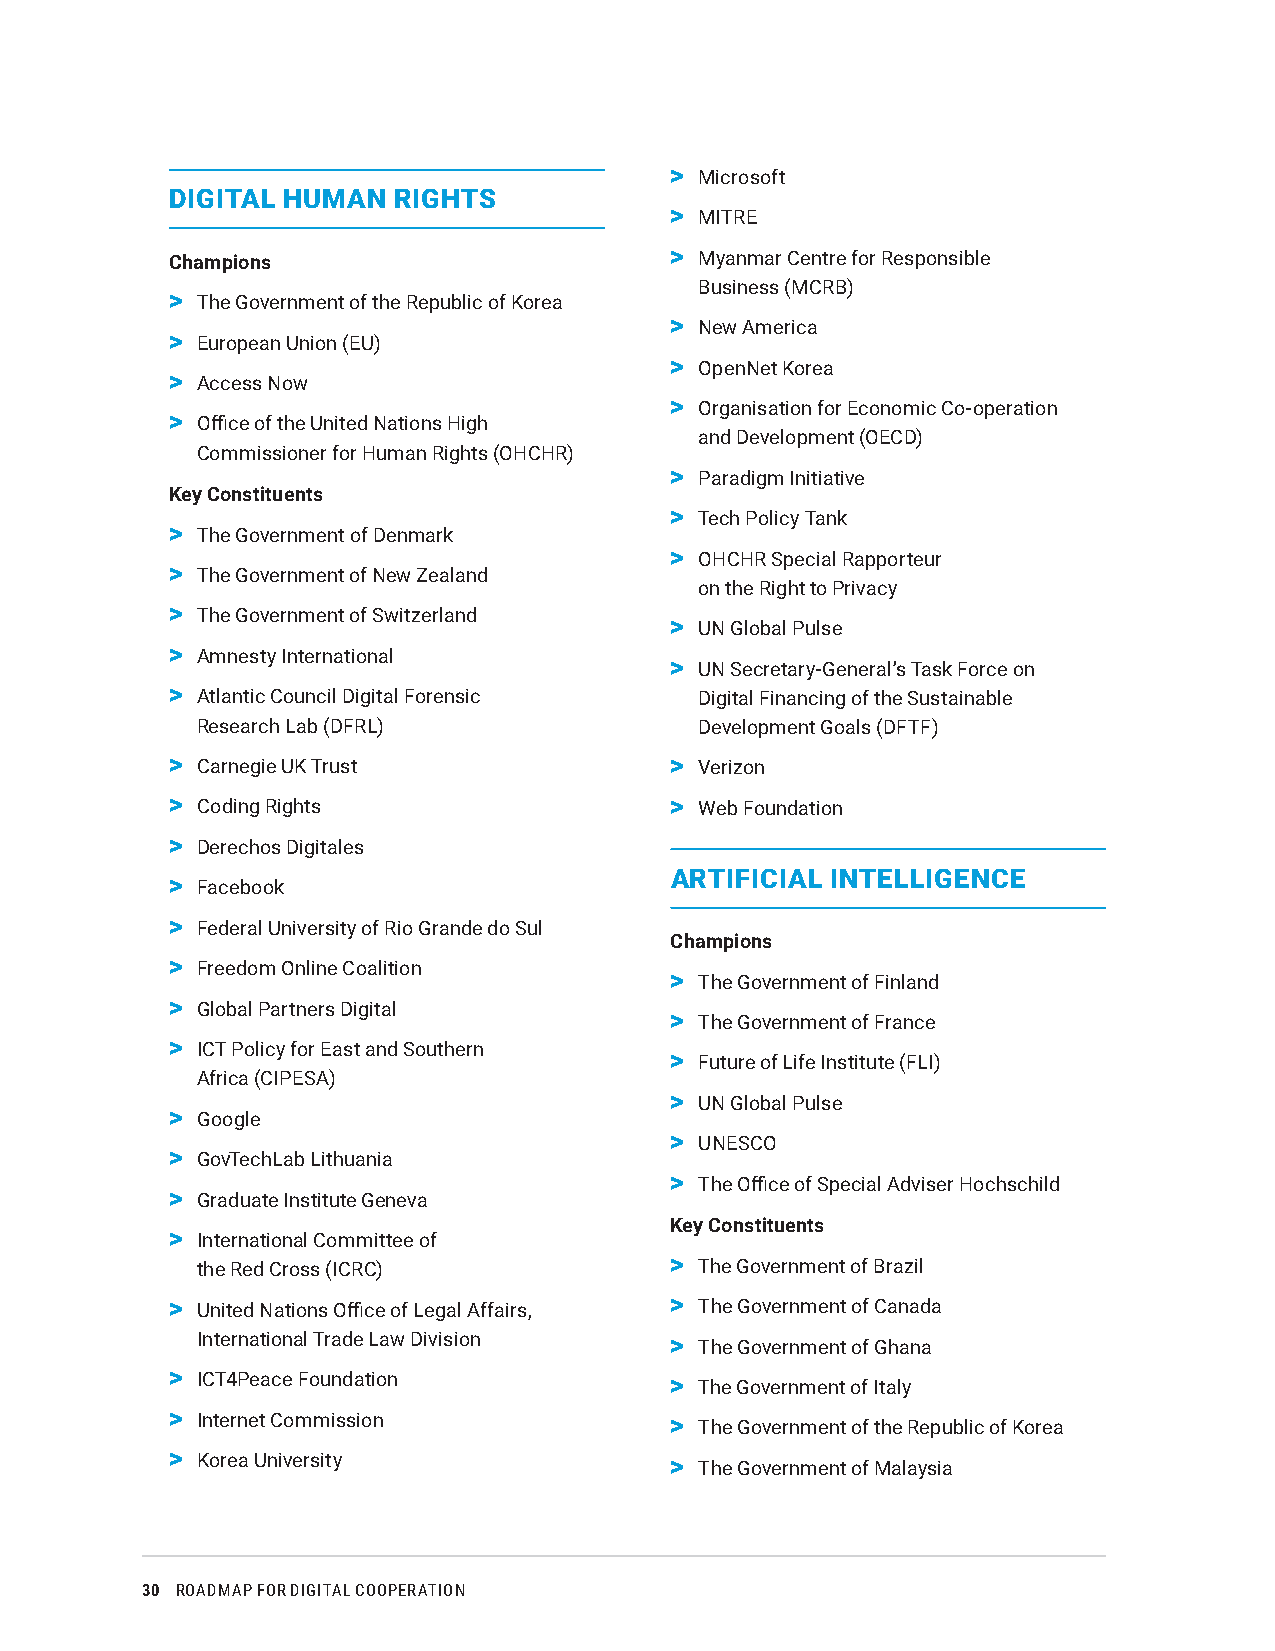
> Microsoft
 DIGITAL HUMAN  RIGHTS
 > MITRE
 Champions                        > Myanmar Centre for Responsible
 Business (MCRB)
 > The Government of the Republic of Korea
 > New America
 > European Union (EU)
 > OpenNet Korea
 > Access Now
 > Organisation for Economic Co-operation
 > Office of the United Nations High
 and Development (OECD)
 Commissioner for Human Rights (OHCHR)
 > Paradigm Initiative
 Key Constituents
 > Tech Policy Tank
 > The Government of Denmark
 > OHCHR Special Rapporteur
 > The Government of New Zealand
 on the Right to Privacy
 > The Government of Switzerland
 > UN Global Pulse
 > Amnesty International
 > UN Secretary-General’s Task Force on
 > Atlantic Council Digital Forensic Digital Financing of the Sustainable
 Research Lab (DFRL)              Development Goals (DFTF)
 > Carnegie UK Trust              > Verizon
 > Coding Rights                  > Web Foundation
 > Derechos Digitales
 ARTIFICIAL INTELLIGENCE
 > Facebook
 > Federal University of Rio Grande do Sul
 Champions
 > Freedom Online Coalition
 > The Government of Finland
 > Global Partners Digital
 > The Government of France
 > ICT Policy for East and Southern
 > Future of Life Institute (FLI)
 Africa (CIPESA)
 > UN Global Pulse
 > Google
 > UNESCO
 > GovTechLab Lithuania
 > The Office of Special Adviser Hochschild
 > Graduate Institute Geneva
 Key Constituents
 > International Committee of
 the Red Cross (ICRC)           > The Government of Brazil
 > United Nations Office of Legal Affairs, > The Government of Canada
 International Trade Law Division > The Government of Ghana
 > ICT4Peace Foundation           > The Government of Italy
 > Internet Commission            > The Government of the Republic of Korea
 > Korea University               > The Government of Malaysia
 30 ROADMAP FOR DIGITAL COOPERATION